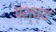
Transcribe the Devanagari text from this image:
पश्च्य